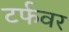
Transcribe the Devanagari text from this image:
टर्फवर